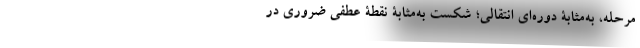
مرحله، به‌مثابۀ دوره‌ای انتقالی؛ شکست به‌مثابۀ نقطۀ عطفی ضروری در